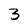
Character: 3